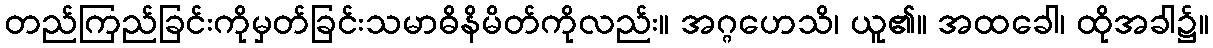
တည်ကြည်ခြင်းကိုမှတ်ခြင်းသမာဓိနိမိတ်ကိုလည်း။ အဂ္ဂဟေသိ၊ ယူ၏။ အထခေါ၊ ထိုအခါ၌။